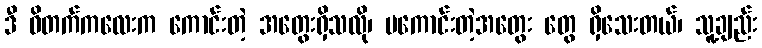
ဒီ ဝိတက်ကလေးက ကောင်းတဲ့ အတွေးရှိသလို၊ မကောင်းတဲ့အတွေး တွေ ရှိသေးတယ်၊ သူ့ချည်း